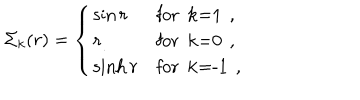
\Sigma _ { k } ( r ) = \left\{ \begin{array} { l l } { { \sin r } } & { { \mathrm { f o r ~ k = 1 ~ } \, , } } \\ { { r } } & { { \mathrm { f o r ~ k = 0 ~ } \, , } } \\ { { \sinh r } } & { { \mathrm { f o r ~ k = - 1 ~ } \, , } } \\ \end{array} \right.